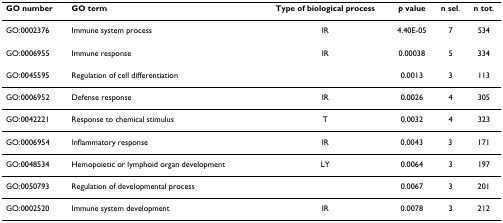
<table><thead><tr><td><b>GO number</b></td><td><b>GO term</b></td><td><b>Type of biological process</b></td><td><b><i>p </i>value</b></td><td><b>n sel.</b></td><td><b>n tot.</b></td></tr></thead><tbody><tr><td>GO:0002376</td><td>Immune system process</td><td>IR</td><td>4.40E-05</td><td>7</td><td>534</td></tr><tr><td>GO:0006955</td><td>Immune response</td><td>IR</td><td>0.00038</td><td>5</td><td>334</td></tr><tr><td>GO:0045595</td><td>Regulation of cell differentiation</td><td></td><td>0.0013</td><td>3</td><td>113</td></tr><tr><td>GO:0006952</td><td>Defense response</td><td>IR</td><td>0.0026</td><td>4</td><td>305</td></tr><tr><td>GO:0042221</td><td>Response to chemical stimulus</td><td>T</td><td>0.0032</td><td>4</td><td>323</td></tr><tr><td>GO:0006954</td><td>Inflammatory response</td><td>IR</td><td>0.0043</td><td>3</td><td>171</td></tr><tr><td>GO:0048534</td><td>Hemopoietic or lymphoid organ development</td><td>LY</td><td>0.0064</td><td>3</td><td>197</td></tr><tr><td>GO:0050793</td><td>Regulation of developmental process</td><td></td><td>0.0067</td><td>3</td><td>201</td></tr><tr><td>GO:0002520</td><td>Immune system development</td><td>IR</td><td>0.0078</td><td>3</td><td>212</td></tr></tbody></table>